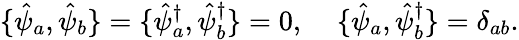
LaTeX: \{ \hat{\psi}_{a},\hat{\psi}_{b}\} =\{ \hat{\psi}_{a}^{\dagger},\hat{\psi}_{b}^{\dagger}\} =0,\; \; \; \; \{ \hat{\psi}_{a},\hat{\psi}_{b}^{\dagger}\} =\delta_{ab}.